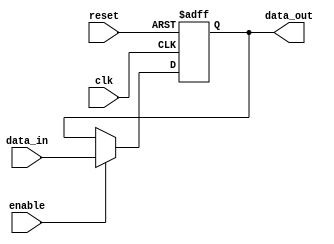
module ParameterizedRegister #(
    parameter WIDTH = 8  // Parameter to define the width of the register
)(
    input wire clk,          // Clock signal
    input wire reset,        // Asynchronous reset signal
    input wire [WIDTH-1:0] data_in, // Input data signal
    input wire enable,       // Control signal to load data
    output reg [WIDTH-1:0] data_out // Output data signal
);

    // Always block triggered on the rising edge of the clock
    always @(posedge clk or posedge reset) begin
        if (reset) begin
            data_out <= {WIDTH{1'b0}}; // Initialize register to zero
        end else if (enable) begin
            data_out <= data_in; // Load input data into register
        end
        // If reset is not asserted and enable is not asserted, retain previous value
    end

endmodule